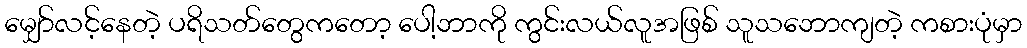
မျှော်လင့်နေတဲ့ ပရိသတ်တွေကတော့ ပေါ့ဘာကို ကွင်းလယ်လူအဖြစ် သူသဘောကျတဲ့ ကစားပုံမှာ